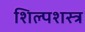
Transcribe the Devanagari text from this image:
शिल्पशस्त्र